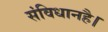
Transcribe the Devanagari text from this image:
संविधानहै।